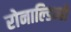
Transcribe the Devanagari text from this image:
रोनाल्‍डिन्‍हो